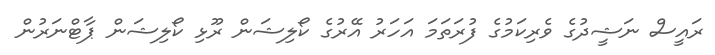
ރައީސް ނަޝީދުގެ ވެރިކަމުގެ ފުރަތަމަ އަހަރު އޭރުގެ ކޯލިޝަން ރޫޅި ކޯލިޝަން ޕާޓްނަރުން